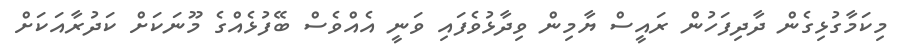
މިކަމާގުޅިގެން ދާދިފަހުން ރައީސް ޔާމިން ވިދާޅުވެފައި ވަނީ އެެއްވެސް ބޭފުޅެއްގެ މޫނަކަށް ކަދުރާއަކަށް